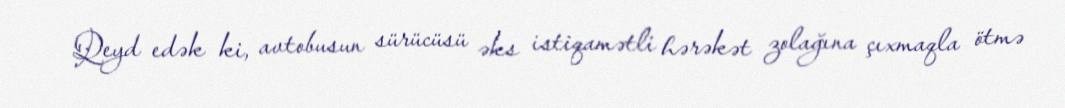
Qeyd edək ki, avtobusun sürücüsü əks istiqamətli hərəkət zolağına çıxmaqla ötmə